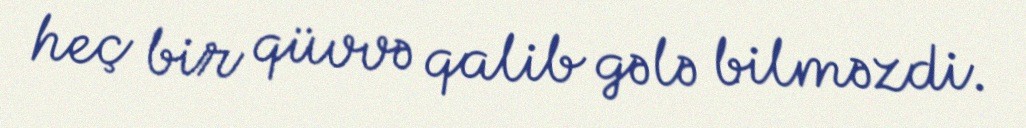
heç bir qüvvə qalib gələ bilməzdi.